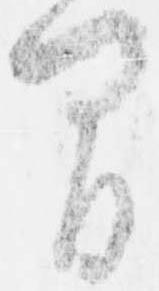
間